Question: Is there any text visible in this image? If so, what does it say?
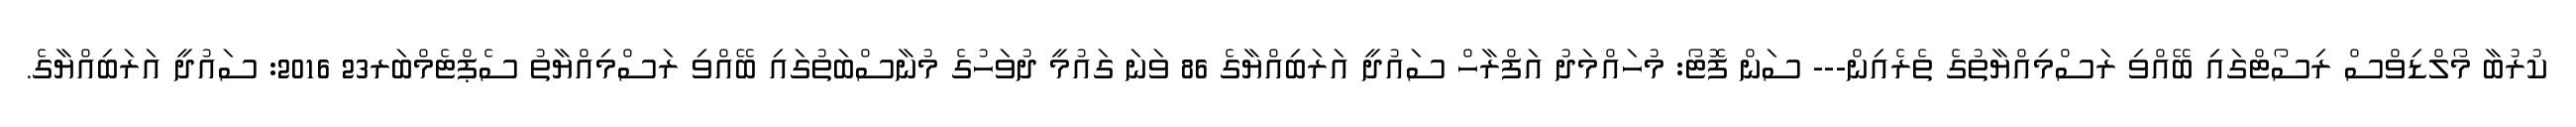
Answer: ކުރުބާ މޯލްޑިވްސް ރިސޯޓްގައި ބޭއްވި ރަސްމިއްޔާތުގެ ތެރެއިން--- ސަން ފޮޓޯ: މުހައްމަދު އަފްރާހް ސައުދީ އަރަބިއްޔާގެ 86 ވަނަ ގައުމީ ދުވަހުގެ މުނާސްބަތުގައި ބޭއްވި ރަސްމިއްޔާތު ސެޕްޓެމްބަރ23 2016: ސައުދީ އަރަބިއްޔާގެ.